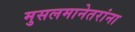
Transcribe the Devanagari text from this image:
मुसलमानेतरांना